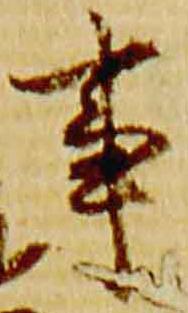
事